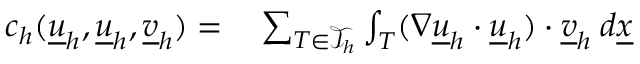
\begin{array} { r l } { c _ { h } ( \underline { { u } } _ { h } , \underline { { u } } _ { h } , \underline { { v } } _ { h } ) = } & { { } \sum _ { T \in \mathcal { T } _ { h } } \int _ { T } ( \nabla \underline { { u } } _ { h } \cdot \underline { { u } } _ { h } ) \cdot \underline { { v } } _ { h } \: d \underline { { x } } } \end{array}